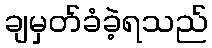
ချမှတ်ခံခဲ့ရသည်